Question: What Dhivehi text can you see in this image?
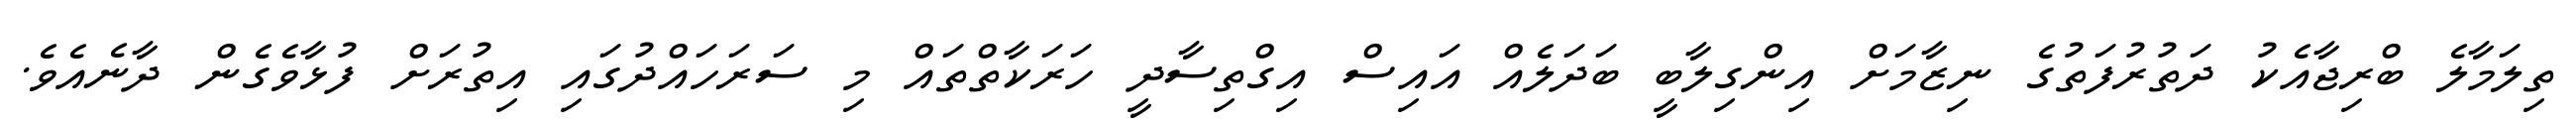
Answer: ތިލަމާލެ ބްރިޖާއެކު ދަތުރުފަތުގެ ނިޒާމަށް އިންގިލާބީ ބަދަލެއް އައިސް އިގްތިސާދީ ހަރަކާތްތައް މި ސަރަހައްދުގައި އިތުރަށް ފުޅާވެގެން ދާނެއެވެ.